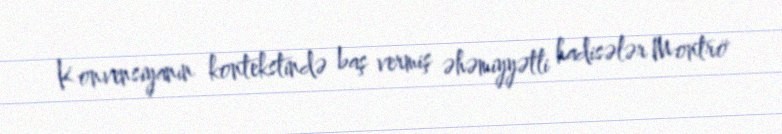
Konvensiyanın kontekstində baş vermiş əhəmiyyətli hadisələr Montrö